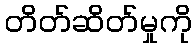
တိတ်ဆိတ်မှုကို